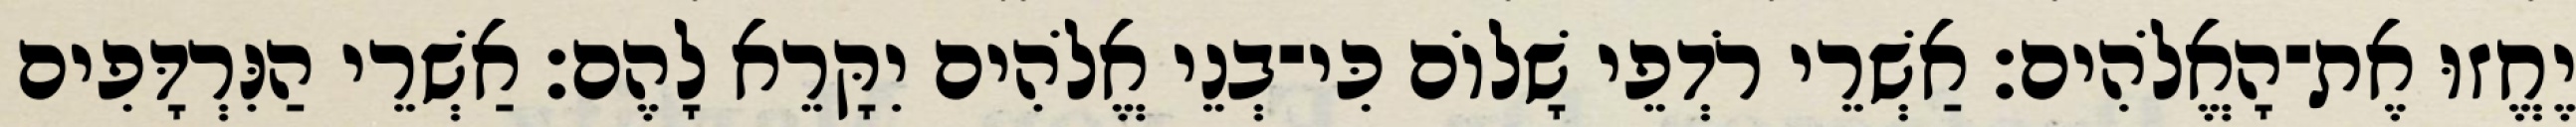
יֶחֱזוּ אֶת־הָאֱלֹהִים׃ אַשְׁרֵי רֹדְפֵי שָׁלוֹם כִּי־בְנֵי אֱלֹהִים יִקָּרֵא לָהֶם׃ אַשְׁרֵי הַנִּרְדָּפִים